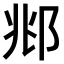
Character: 𫑜